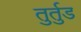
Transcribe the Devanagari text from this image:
तुर्तुड